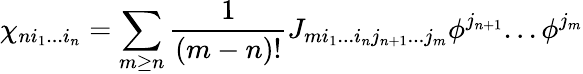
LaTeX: \chi_{ni_{1}...i_{n}}=\sum_{m\ge n}{\frac{1}{(m-n)!}}J_{mi_{1}...i_{n}j_{n+1}...j_{m}}\phi^{j_{n+1}}...\phi^{j_{m}}